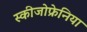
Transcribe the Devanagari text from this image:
स्कीजोफ्रेनिया